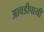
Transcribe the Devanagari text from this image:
आवडीपायी